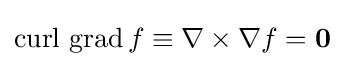
\operatorname {curl} \,\operatorname {grad} f\equiv \nabla \times \nabla f=\mathbf {0}